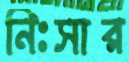
নিঃসার